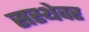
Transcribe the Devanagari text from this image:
सस्थेवर